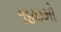
૧૪૦મો